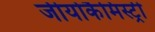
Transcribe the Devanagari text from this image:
जीयोकैमिस्ट्री